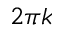
2 \pi k